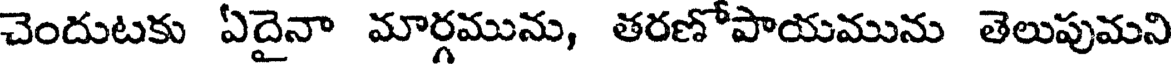
చెందుటకు ఏదైనా మార్గమును, తరణోపాయమును తెలుపుమని